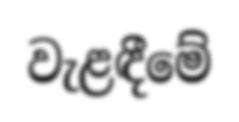
වැළඳීමේ